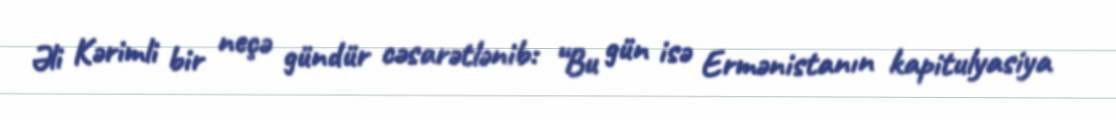
Əli Kərimli bir neçə gündür cəsarətlənib: “Bu gün isə Ermənistanın kapitulyasiya